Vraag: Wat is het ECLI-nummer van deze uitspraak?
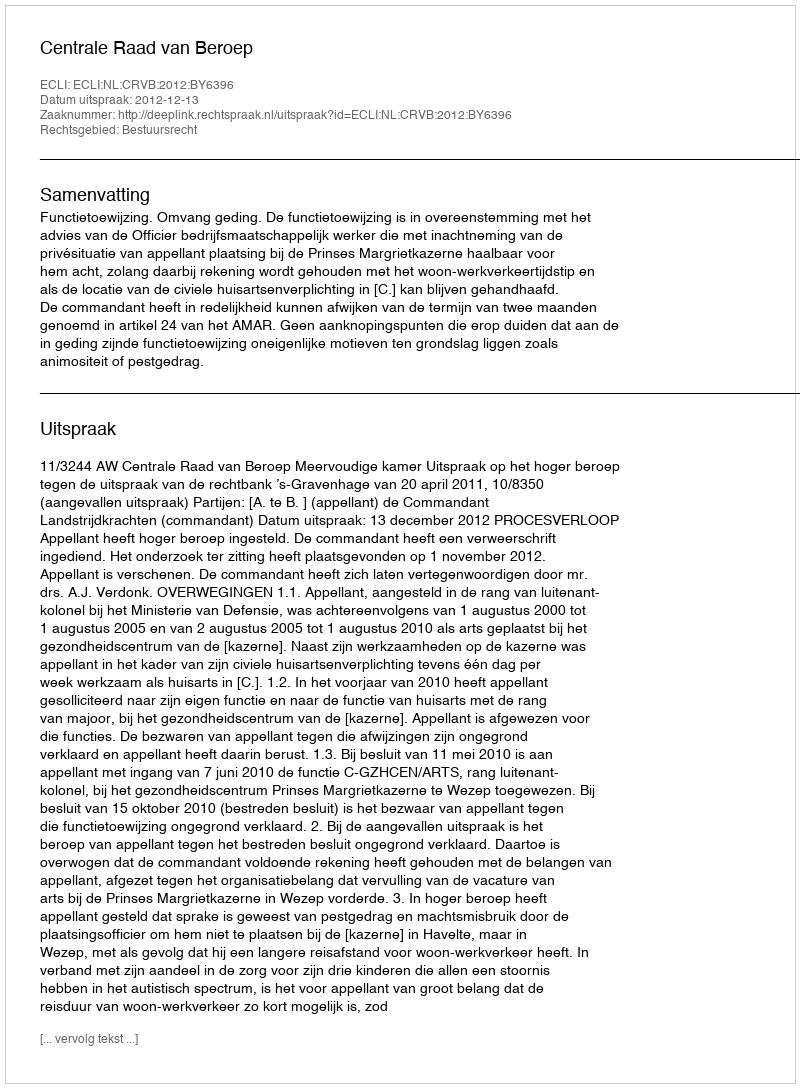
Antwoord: ECLI:NL:CRVB:2012:BY6396